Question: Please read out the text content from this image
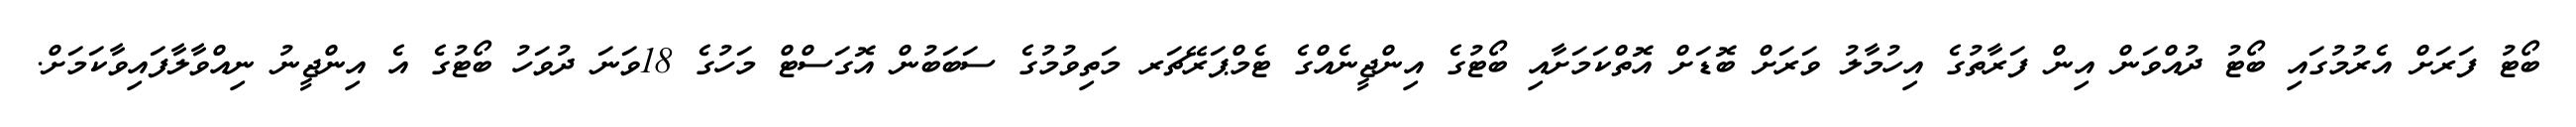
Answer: ބޯޓު ފަރަށް އެރުމުގައި ބޯޓު ދުއްވަން އިން ފަރާތުގެ އިހުމާލު ވަރަށް ބޮޑަށް އޮތްކަމަށާއި ބޯޓުގެ އިންޖީނެއްގެ ޓެމްޕަރޭޗަރ މަތިވުމުގެ ސަބަބުން އޮގަސްޓް މަހުގެ 18ވަނަ ދުވަހު ބޯޓުގެ އެ އިންޖީނު ނިއްވާލާފައިވާކަމަށް.